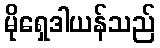
မိုရှေဒါယန်သည်